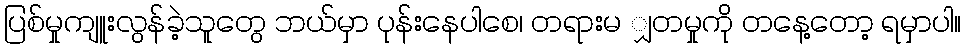
ပြစ်မှုကျူးလွန်ခဲ့သူတွေ ဘယ်မှာ ပုန်းနေပါစေ၊ တရားမ ျှတမှုကို တနေ့တော့ ရမှာပါ။